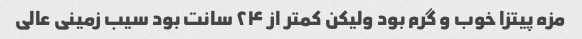
مزه پیتزا خوب و گرم بود ولیکن کمتر از ۲۴ سانت بود سیب زمینی عالی